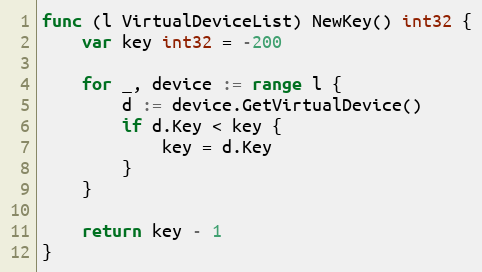
Language: Go
func (l VirtualDeviceList) NewKey() int32 {
	var key int32 = -200

	for _, device := range l {
		d := device.GetVirtualDevice()
		if d.Key < key {
			key = d.Key
		}
	}

	return key - 1
}